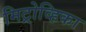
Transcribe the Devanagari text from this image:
मिट्रोव्हिका